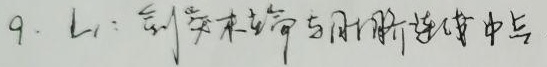
$L_{1}$：剑突末端与肚脐连线中点